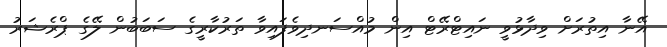
އޭނާ އިތުރަށް ވިދާޅުވީ ނައިޓްރޭޓް އިން މުއްސަނދިވެފައިވާ ތަރުކާރީގެ ސަބަބުން ލޭގެ ޕްރެޝަރު